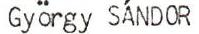
György SAND0R